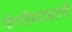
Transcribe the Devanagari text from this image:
गोपनीयताइतनी